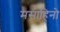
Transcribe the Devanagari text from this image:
मसाहिनो